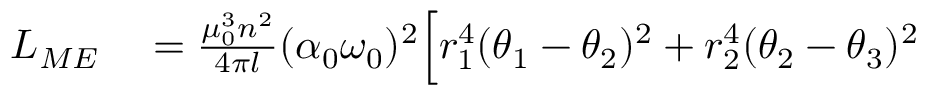
\begin{array} { r l } { L _ { M E } } & { { } = \frac { \mu _ { 0 } ^ { 3 } n ^ { 2 } } { 4 \pi l } ( \alpha _ { 0 } \omega _ { 0 } ) ^ { 2 } \Big [ r _ { 1 } ^ { 4 } ( \theta _ { 1 } - \theta _ { 2 } ) ^ { 2 } + r _ { 2 } ^ { 4 } ( \theta _ { 2 } - \theta _ { 3 } ) ^ { 2 } } \end{array}